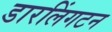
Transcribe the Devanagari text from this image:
डारलिंगटन